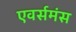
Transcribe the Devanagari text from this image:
एवर्समंस